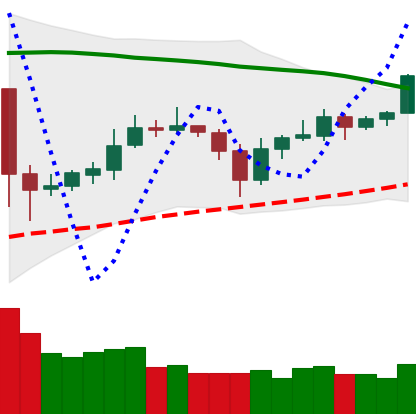
Ticker: ETC-USD
Chart end date: 2020-05-29
Forward return: -4.142%
Label: down_3_5